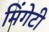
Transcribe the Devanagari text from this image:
मिंगेटी